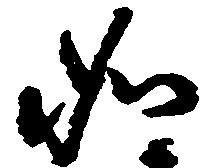
如